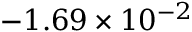
- 1 . 6 9 \times 1 0 ^ { - 2 }